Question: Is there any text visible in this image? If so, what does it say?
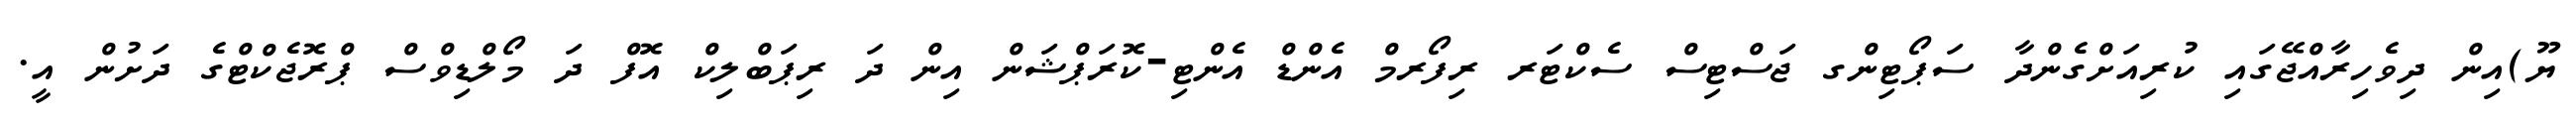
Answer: ޔޫ)އިން ދިވެހިރާއްޖޭގައި ކުރިއަށްގެންދާ ސަޕޯޓިންގ ޖަސްޓިސް ސެކްޓަރ ރިފޯރމް އެންޑް އެންޓި-ކޮރަޕްޝަން އިން ދަ ރިޕަބްލިކް އޮފް ދަ މޯލްޑިވްސް ޕްރޮޖެކްޓްގެ ދަށުން އީ.